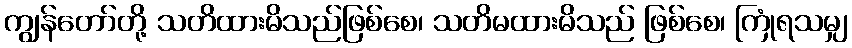
ကျွန်တော်တို့ သတိထားမိသည်ဖြစ်စေ၊ သတိမထားမိသည် ဖြစ်စေ၊ ကြုံရသမျှ